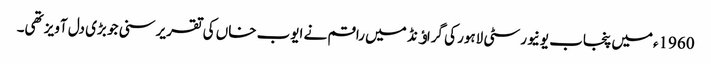
1960ءمیں پنجاب یونیورسٹی لاہور کی گراﺅنڈ میں راقم نے ایوب خاں کی تقریر سنی جو بڑی دل آویز تھی۔